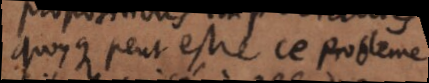
Quoyque peut estre ce probleme